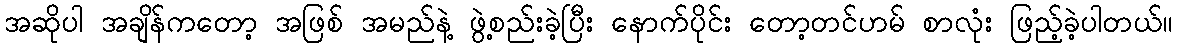
အဆိုပါ အချိန်ကတော့ အဖြစ် အမည်နဲ့ ဖွဲ့စည်းခဲ့ပြီး နောက်ပိုင်း တော့တင်ဟမ် စာလုံး ဖြည့်ခဲ့ပါတယ်။